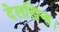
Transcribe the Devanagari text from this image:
देलखिन्ह।